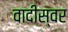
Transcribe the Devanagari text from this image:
वादीस्वर